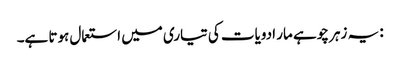
: یہ زہر چوہے مار ادویات کی تیاری میں استعمال ہوتا ہے۔